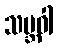
သမ္ဘဝါ